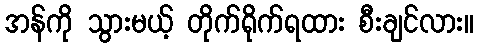
အန်ကို သွားမယ့် တိုက်ရိုက်ရထား စီးချင်လား။